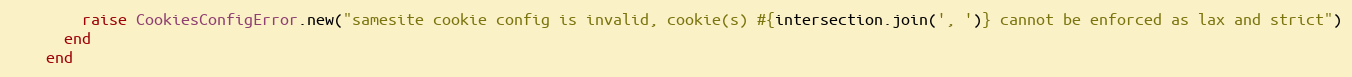
Language: Ruby
        raise CookiesConfigError.new("samesite cookie config is invalid, cookie(s) #{intersection.join(', ')} cannot be enforced as lax and strict")
      end
    end